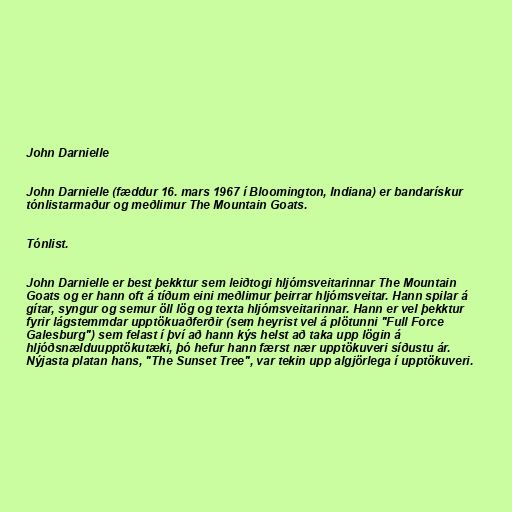
John Darnielle

John Darnielle (fæddur 16. mars 1967 í Bloomington, Indiana) er bandarískur
tónlistarmaður og meðlimur The Mountain Goats.

Tónlist.

John Darnielle er best þekktur sem leiðtogi hljómsveitarinnar The Mountain
Goats og er hann oft á tíðum eini meðlimur þeirrar hljómsveitar. Hann spilar á
gítar, syngur og semur öll lög og texta hljómsveitarinnar. Hann er vel þekktur
fyrir lágstemmdar upptökuaðferðir (sem heyrist vel á plötunni "Full Force
Galesburg") sem felast í því að hann kýs helst að taka upp lögin á
hljóðsnælduupptökutæki, þó hefur hann færst nær upptökuveri síðustu ár.
Nýjasta platan hans, "The Sunset Tree", var tekin upp algjörlega í upptökuveri.